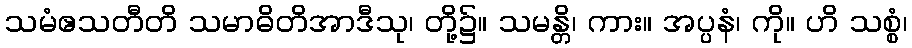
သမံဧသတီတိ သမာဓိတိအာဒီသု၊ တို့၌။ သမန္တိ၊ ကား။ အပ္ပနံ၊ ကို။ ဟိ သစ္စံ၊